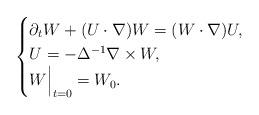
LaTeX: \begin{align*}\begin{cases} \partial_t W + (U\cdot \nabla)W=(W\cdot \nabla)U,\\ U=-\Delta^{-1} \nabla \times W,\\ W\Bigr|_{t=0} =W_0. \end{cases}\end{align*}